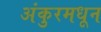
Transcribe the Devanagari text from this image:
अंकुरमधून